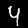
Digit: 4